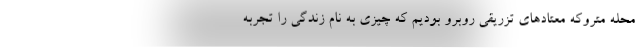
محله متروکه معتادهای تزریقی روبرو بودیم که چیزی به نام زندگی را تجربه